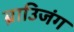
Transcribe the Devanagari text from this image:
ब्राउिजंग